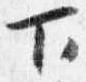
下